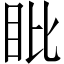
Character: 䀝